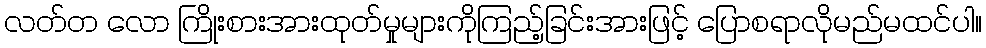
လတ်တ လော ကြိုးစားအားထုတ်မှုများကိုကြည့်ခြင်းအားဖြင့် ပြောစရာလိုမည်မထင်ပါ။